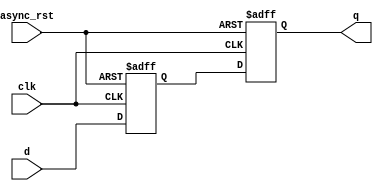
module ms_ff_synchronizer (
    input wire clk,        // Clock signal
    input wire async_rst,  // Asynchronous reset signal
    input wire d,         // Asynchronous input signal
    output reg q          // Synchronized output signal
);

    // Internal signal for the master flip-flop output
    reg q_m;

    // Master Flip-Flop
    always @(posedge clk or posedge async_rst) begin
        if (async_rst) begin
            q_m <= 1'b0;  // Reset master flip-flop
        end else begin
            q_m <= d;     // Capture input d on rising edge of clk
        end
    end

    // Slave Flip-Flop
    always @(posedge clk or posedge async_rst) begin
        if (async_rst) begin
            q <= 1'b0;    // Reset slave flip-flop
        end else begin
            q <= q_m;     // Capture output of master flip-flop
        end
    end

endmodule